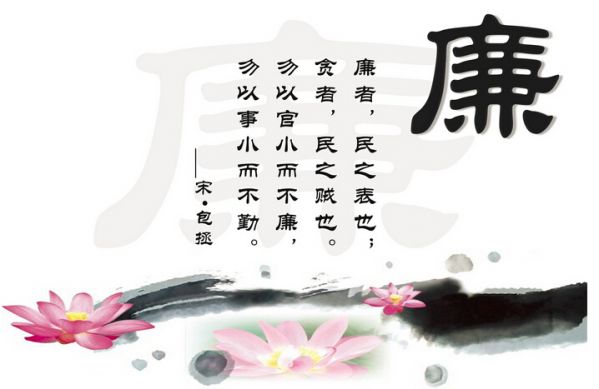
历览前贤国与家，成由勤俭破由奢。